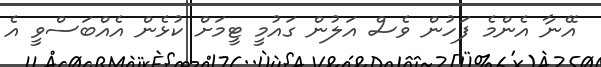
އޭނާ އެންމެ ފަހުން ވެސް އަލުން ގައުމީ ޓީމަށް ކުޅެން އެއްބަސްވީ އެ